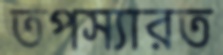
তপস্যারত